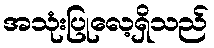
အသုံးပြုလေ့ရှိသည်